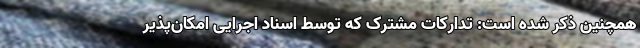
همچنین ذکر شده است: تدارکات مشترک که توسط اسناد اجرایی امکان‌پذیر